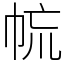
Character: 㡆